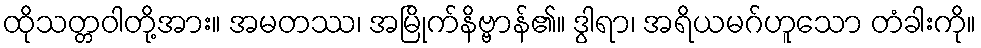
ထိုသတ္တဝါတို့အား။ အမတဿ၊ အမြိုက်နိဗ္ဗာန်၏။ ဒွါရာ၊ အရိယမဂ်ဟူသော တံခါးကို။